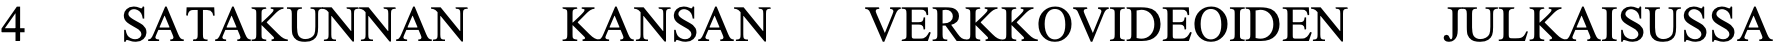
4   SATAKUNNAN    KANSAN    VERKKOVIDEOIDEN    JULKAISUSSA